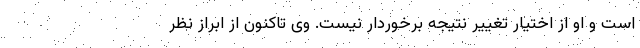
است و او از اختیار تغییر نتیجه برخوردار نیست. وی تاکنون از ابراز نظر